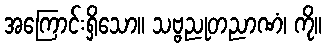
အကြောင်းရှိသော။ သဗ္ဗညုတညာဏံ၊ ကို။